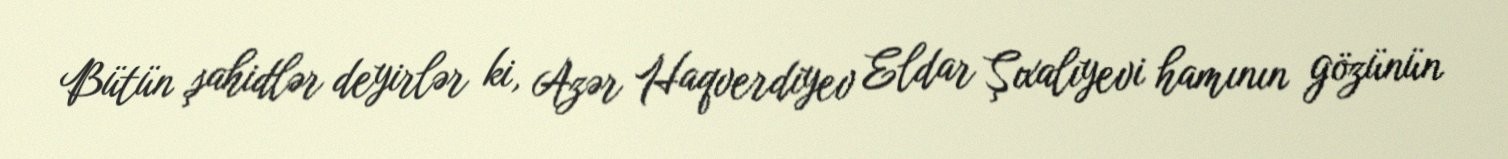
Bütün şahidlər deyirlər ki, Azər Haqverdiyev Eldar Şıxalıyevi hamının gözünün